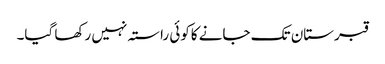
قبرستان تک جانے کاکوئی راستہ نہیں رکھا گیا۔